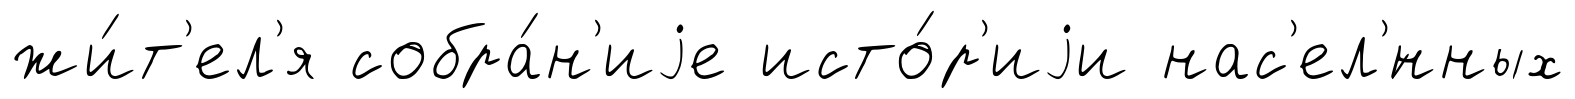
жи́т'ел'я собра́н'иjе исто́р'иjи нас'ел'́нных